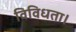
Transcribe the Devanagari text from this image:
विविधता।